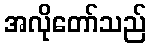
အလိုတော်သည်